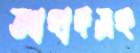
আহাদসহ